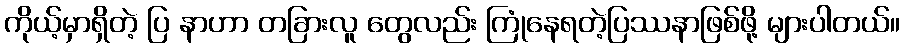
ကိုယ့်မှာရှိတဲ့ ပြ နာဟာ တခြားလူ တွေလည်း ကြုံနေရတဲ့ပြဿနာဖြစ်ဖို့ များပါတယ်။